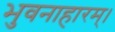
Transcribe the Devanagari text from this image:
भुवनाहारम्‌।